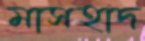
মাসহাদ